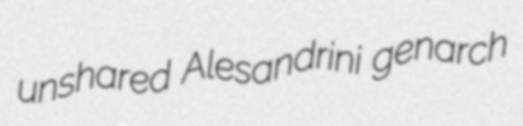
unshared Alesandrini genarch